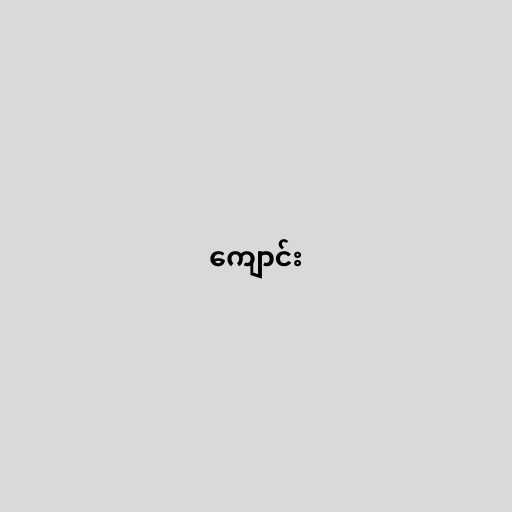
ကျောင်း